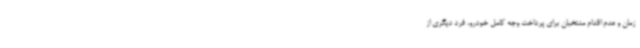
زمان و عدم اقدام منتخبان برای پرداخت وجه کامل خودرو، فرد دیگری از